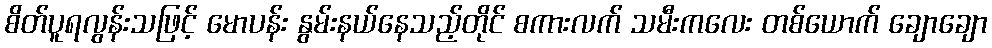
စိတ်ပူရလွန်းသဖြင့် မောပန်း နွမ်းနယ်နေသည့်တိုင် စကားလက် သမီးကလေး တစ်ယောက် ချောချော